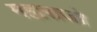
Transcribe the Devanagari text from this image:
महाराजो